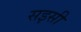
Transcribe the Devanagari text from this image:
सइसी